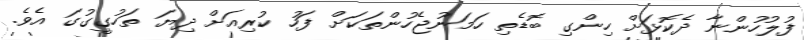
ފުލުހުންނާ ދެކޮޅަށް ހިންގި ބޮޑެތި ހަމަނުޖެހުންތަކަށް ފަހު ކުރިއަށް ދިޔަ ތަހުގީގުގަ އެވެ.